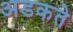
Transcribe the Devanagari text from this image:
अडकते